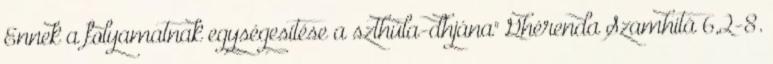
Ennek a folyamatnak egységesítése a szthúla-dhjána" Ghérenda Szamhitá 6,2-8.